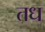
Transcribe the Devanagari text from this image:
तध